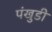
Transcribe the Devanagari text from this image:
पंखुडी